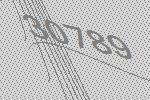
30789